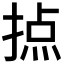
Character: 𢰷